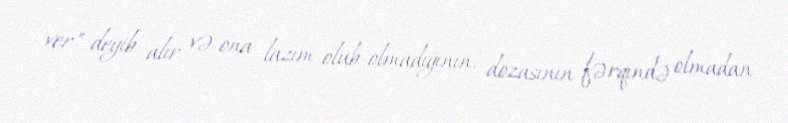
ver" deyib alır və ona lazım olub-olmadığının, dozasının fərqində olmadan